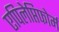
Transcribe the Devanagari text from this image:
एपिलेप्तिफोर्म